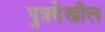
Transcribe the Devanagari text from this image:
पुत्रदेखील